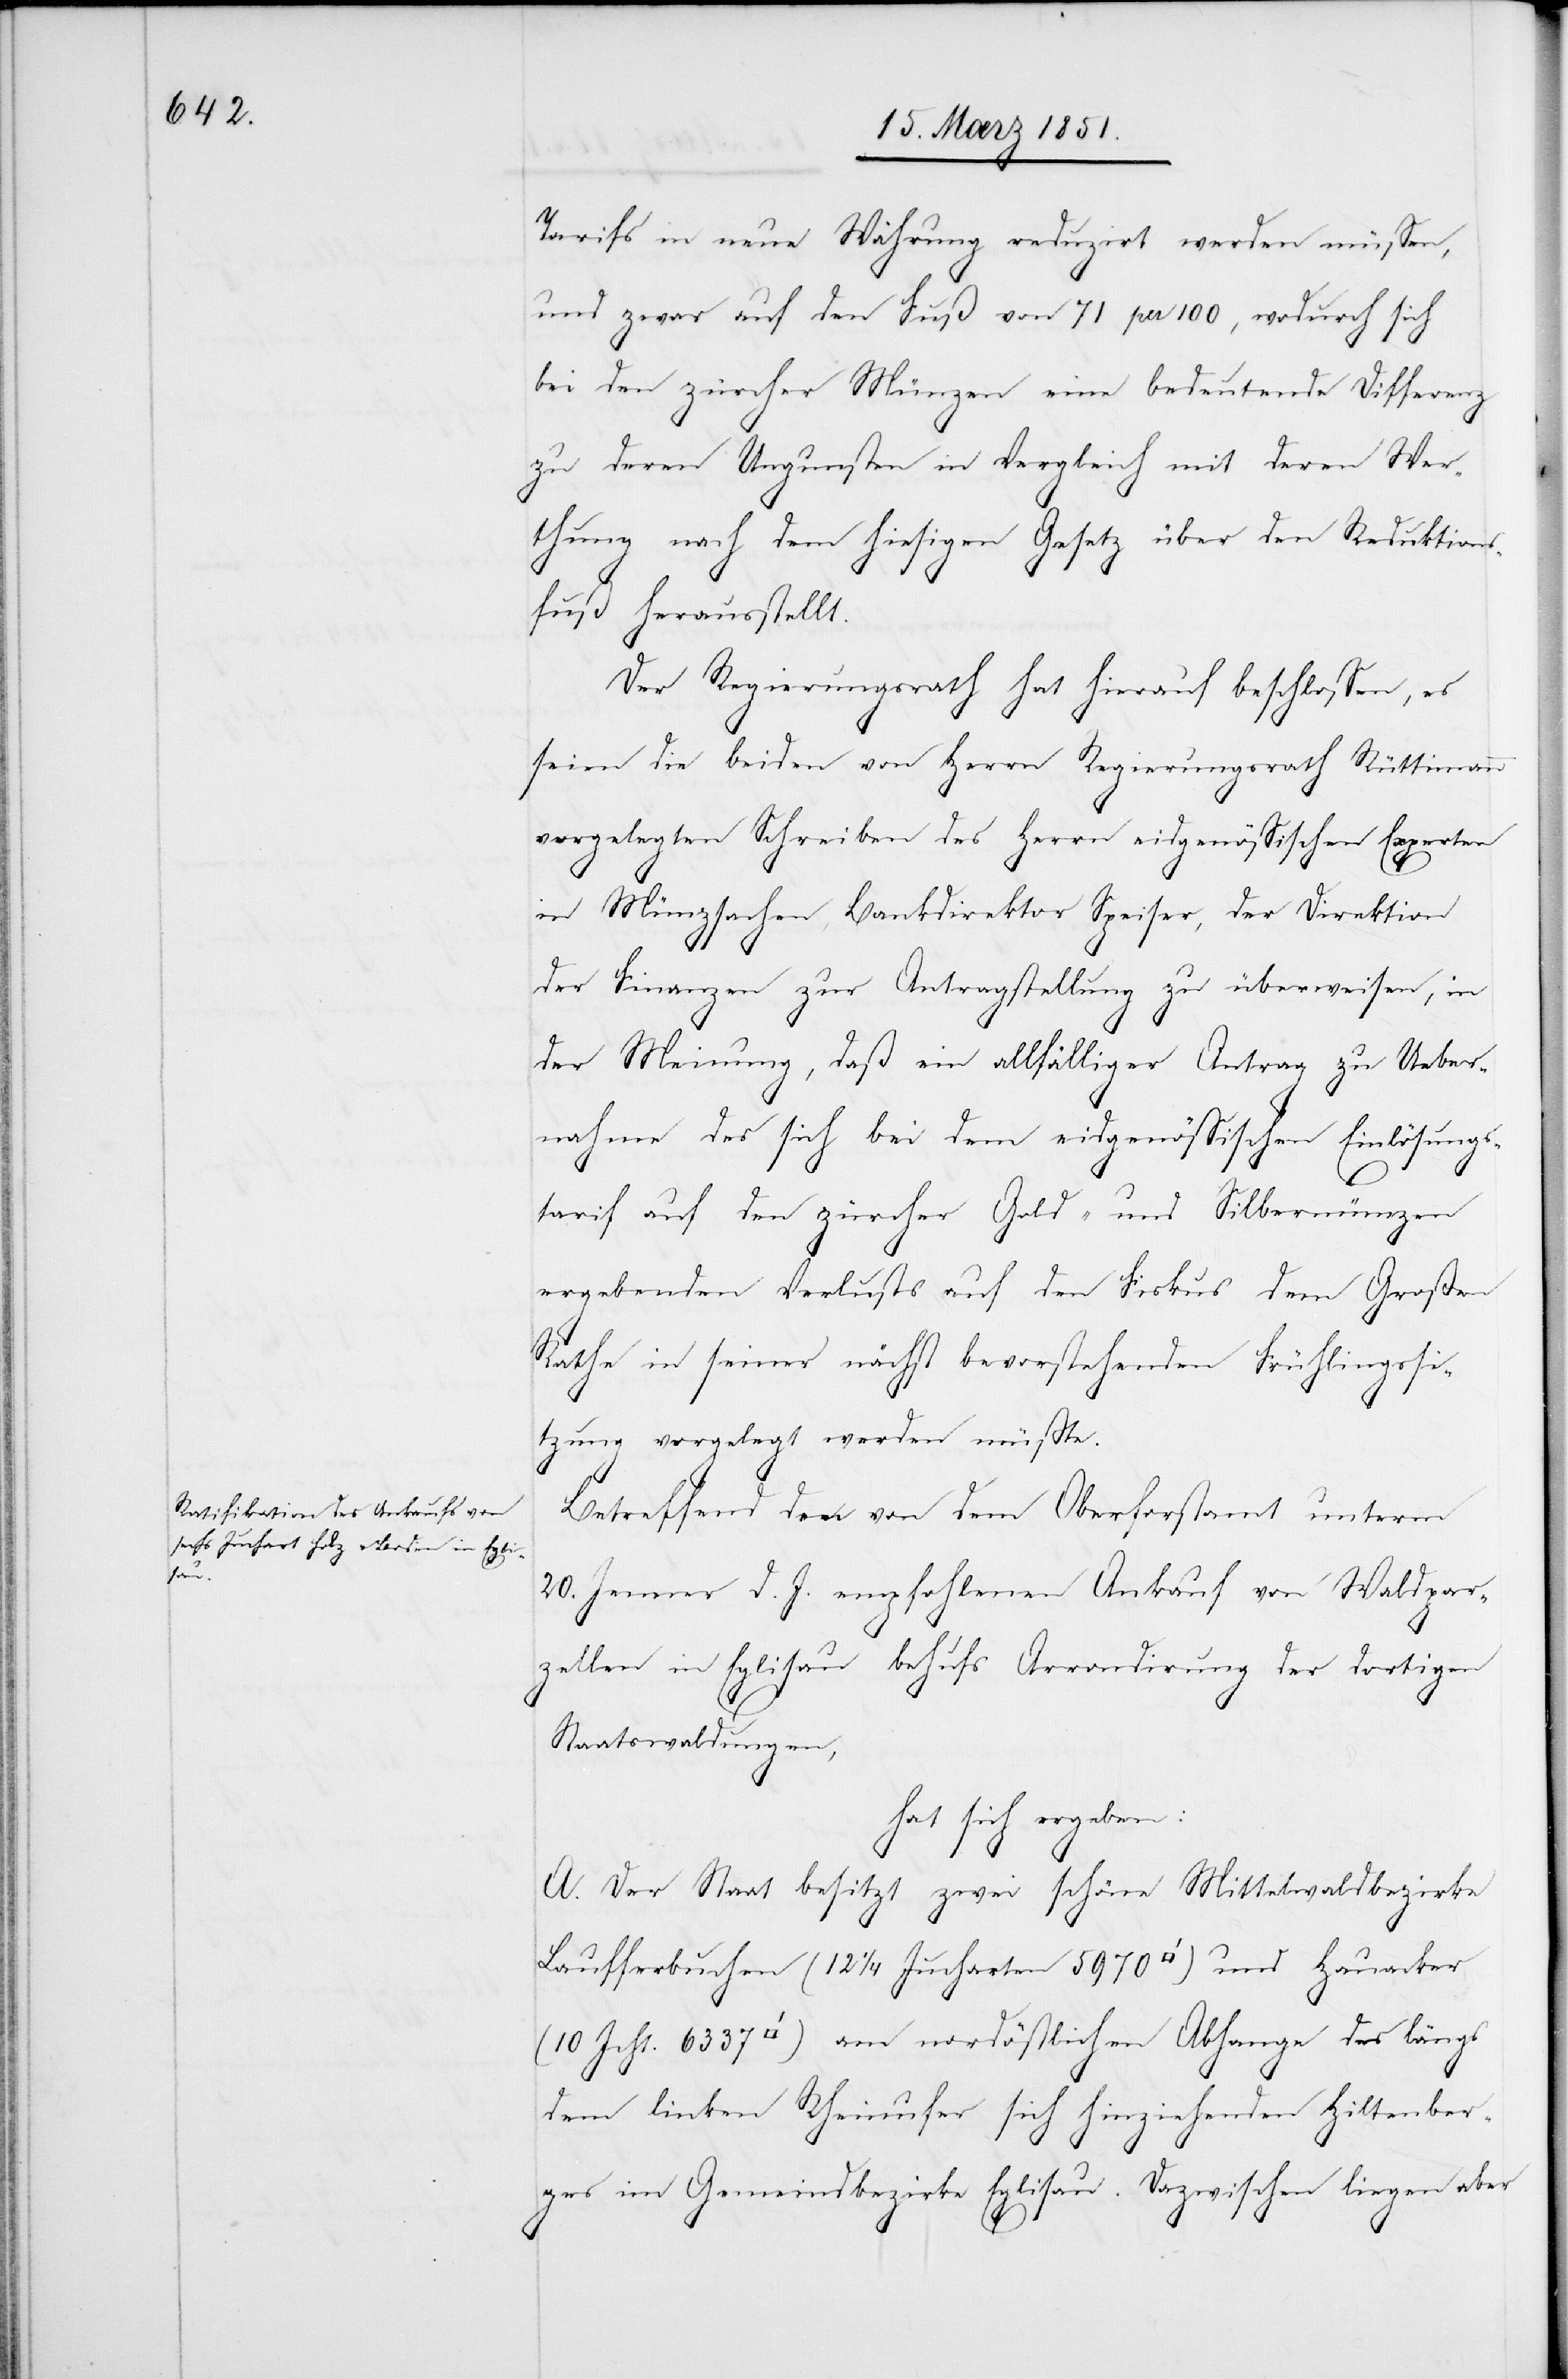
Tarifs in neue Währung reduzirt werden müssen,
und zwar auf den Fuß von 71 per 100, wodurch sich
bei den zürcher Münzen eine bedeutende Differenz
zu deren Ungunsten in Vergleich mit deren Wer¬
thung nach dem hiesigen Gesetz über den Reduktion¬
sfuß herausstellt.
Der Regierungsrath hat hierauf beschlossen, es
seien die beiden von Herrn Regierungsrath Rüttimann
vorgelegten Schreiben des Herrn eidgenössischen Experten
in Münzsachen, Bankdirektor Speiser, der Direktion
der Finanzen zur Antragstellung zu überweisen, in
der Meinung, daß ein allfälliger Antrag zu Ueber¬
nahme des sich bei dem eidgenössischen Einlösungs¬
tarif auf den zürcher Gold- und Silbermünzen
ergebenden Verlusts auf den Fiskus dem Großen
Rathe in seiner nächst bevorstehenden Frühlingssi¬
tzung vorgelegt werden müßte.
Betreffend den von dem Oberforstamt unterm
20. Jenner d. J. empfohlenen Ankauf von Waldpar¬
zellen in Eglisau behufs Arrondirung der dortigen
Staatswaldungen,
hat sich ergeben:
A. Der Staat besitzt zwei schöne Mittelwaldbezirke
Laufferbuchen (12 1/4 Jucharten 5970 [Quadratfuß]) und Hauacker
6337 [Quadratfuß]) am nordöstlichen Abhange des längs
dem linken Rheinufer sich hinziehenden Hiltenber¬
ges im Gemeindbezirke Eglisau. Dazwischen liegen aber